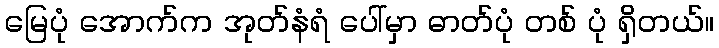
မြေပုံ အောက်က အုတ်နံရံ ပေါ်မှာ ဓာတ်ပုံ တစ် ပုံ ရှိတယ်။